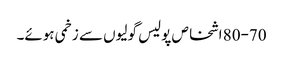
80-70 اشخاص پولیس گولیوں سے زخمی ہوئے۔